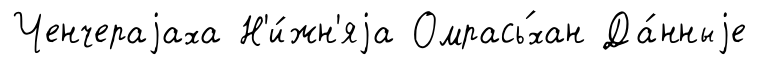
Ченчераjаха Н'и́жн'яjа Омрась́хан Да́нныjе